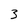
Character: 3